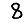
Digit: 8